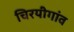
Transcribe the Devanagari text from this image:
चिरयीगांव